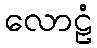
လောဠံ